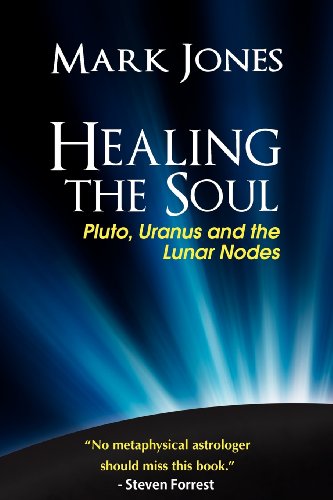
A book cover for Healing the Soul: Pluto, Uranus and the Lunar Nodes; Mark Jones; Religion & Spirituality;